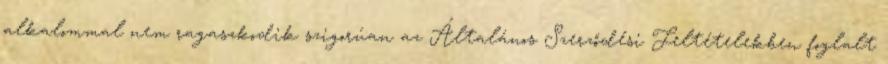
alkalommal nem ragaszkodik szigorúan az Általános Szerződési Feltételekben foglalt